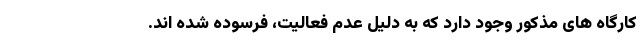
کارگاه های مذکور وجود دارد که به دلیل عدم فعالیت، فرسوده شده اند.